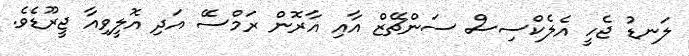
ލަނޑު ޖެހީ އެލެކްސިސް ސަންޗޭޒް އާއި އާރޮން ރަމްސޭ އަދި އޮލީވިއާ ޖީރޫޑެވެ.